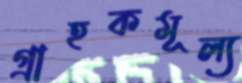
গ্রাহকমূল্য